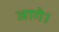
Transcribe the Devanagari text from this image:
जागे।